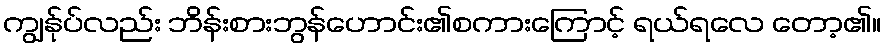
ကျွန်ုပ်လည်း ဘိန်းစားဘွန်ဟောင်း၏စကားကြောင့် ရယ်ရလေ တော့၏။